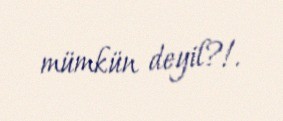
mümkün deyil?!.